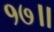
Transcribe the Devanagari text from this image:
१७॥